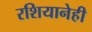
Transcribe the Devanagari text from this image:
रशियानेही